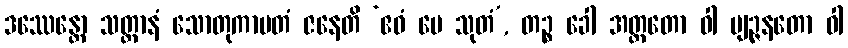
ဒဿေန္တော သတ္တာနံ သောတုကာမတံ ဇနေတိ ‘ဧဝံ မေ သုတံ’, တဉ္စ ခေါ အတ္ထတော ဝါ ဗျဉ္ဇနတော ဝါ